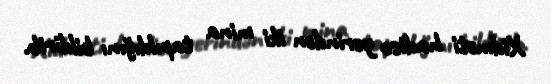
Xidməti hadisə yerindən iki mina tapıldığını bildirib.